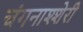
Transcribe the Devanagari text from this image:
चंगनाश्शेरी